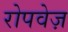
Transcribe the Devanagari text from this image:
रोपवेज़